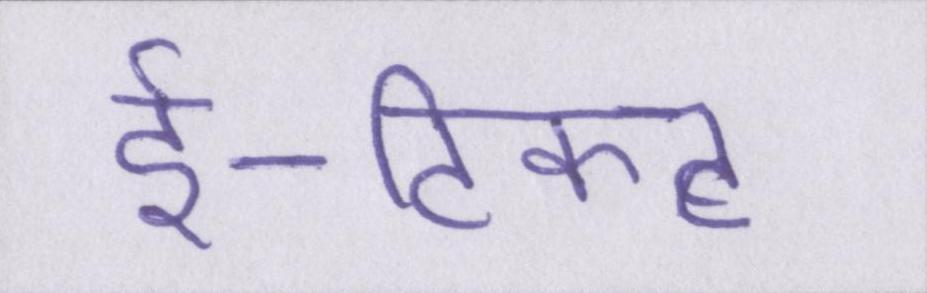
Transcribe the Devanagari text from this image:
ई-टिकट